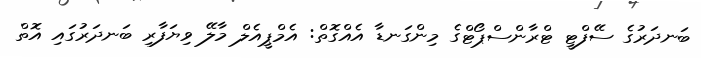
ބަނދަރުގެ ސޭފްޓީ ޓްރާންސްޕޯޓްގެ މިންގަނޑާ އެއްގޮތް: އެމްޕީއެލް މާލޭ ވިޔަފާރި ބަނދަރުގައި އޮތް